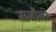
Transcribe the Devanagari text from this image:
मनौना